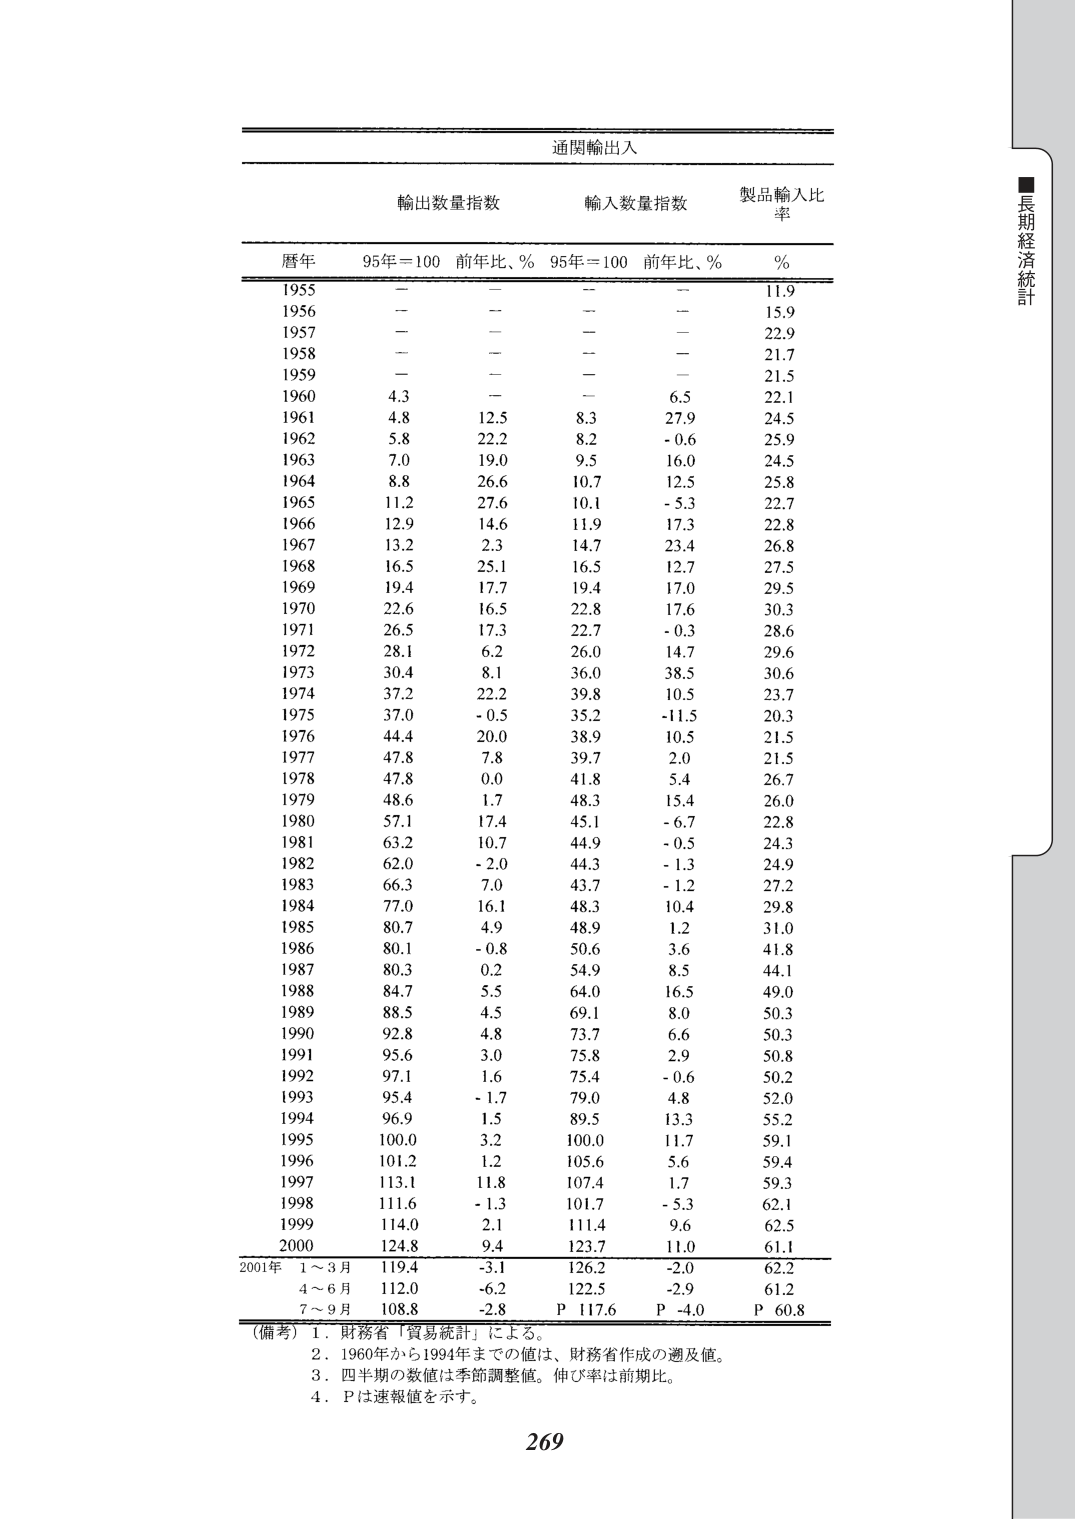
通関輸出入

輸出数量指数　　　輸入数量指数　　　製品輸入比率
暦年　　95年＝100　前年比、％　95年＝100　前年比、％　％

1955　　－　　　　－　　　　－　　　　－　　　　11.9
1956　　－　　　　－　　　　－　　　　－　　　　15.9
1957　　－　　　　－　　　　－　　　　－　　　　22.9
1958　　－　　　　－　　　　－　　　　－　　　　21.7
1959　　－　　　　－　　　　－　　　　－　　　　21.5
1960　　4.3　　　　－　　　　－　　　　6.5　　　　22.1
1961　　4.8　　　　12.5　　　8.3　　　　27.9　　　24.5
1962　　5.8　　　　22.2　　　8.2　　　　-0.6　　　25.9
1963　　7.0　　　　19.0　　　9.5　　　　16.0　　　24.5
1964　　8.8　　　　26.6　　　10.7　　　12.5　　　25.8
1965　　11.2　　　27.6　　　10.1　　　-5.3　　　22.7
1966　　12.9　　　14.6　　　11.9　　　17.3　　　22.8
1967　　13.2　　　2.3　　　　14.7　　　23.4　　　26.8
1968　　16.5　　　25.1　　　16.5　　　12.7　　　27.5
1969　　19.4　　　17.7　　　19.4　　　17.0　　　29.5
1970　　22.6　　　16.5　　　22.8　　　17.6　　　30.3
1971　　26.5　　　17.3　　　22.7　　　-0.3　　　28.6
1972　　28.1　　　6.2　　　　26.0　　　14.7　　　29.6
1973　　30.4　　　8.1　　　　36.0　　　38.5　　　30.6
1974　　37.2　　　22.2　　　39.8　　　10.5　　　23.7
1975　　37.0　　　-0.5　　　35.2　　　-11.5　　　20.3
1976　　44.4　　　20.0　　　38.9　　　10.5　　　21.5
1977　　47.8　　　7.8　　　　39.7　　　2.0　　　　21.5
1978　　47.8　　　0.0　　　　41.8　　　5.4　　　　26.7
1979　　48.6　　　1.7　　　　48.3　　　15.4　　　26.0
1980　　57.1　　　17.4　　　45.1　　　-6.7　　　22.8
1981　　63.2　　　10.7　　　44.9　　　-0.5　　　24.3
1982　　62.0　　　-2.0　　　44.3　　　-1.3　　　24.9
1983　　66.3　　　7.0　　　　43.7　　　-1.2　　　27.2
1984　　77.0　　　16.1　　　48.3　　　10.4　　　29.8
1985　　80.7　　　4.9　　　　48.9　　　1.2　　　　31.0
1986　　80.1　　　-0.8　　　50.6　　　3.6　　　　41.8
1987　　80.3　　　0.2　　　　54.9　　　8.5　　　　44.1
1988　　84.7　　　5.5　　　　64.0　　　16.5　　　49.0
1989　　88.5　　　4.5　　　　69.1　　　8.0　　　　50.3
1990　　92.8　　　4.8　　　　73.7　　　6.6　　　　50.3
1991　　95.6　　　3.0　　　　75.8　　　2.9　　　　50.8
1992　　97.1　　　1.6　　　　75.4　　　-0.6　　　50.2
1993　　95.4　　　-1.7　　　79.0　　　4.8　　　　52.0
1994　　96.9　　　1.5　　　　89.5　　　13.3　　　55.2
1995　　100.0　　　3.2　　　100.0　　　11.7　　　59.1
1996　　101.2　　　1.2　　　105.6　　　5.6　　　　59.4
1997　　113.1　　　11.8　　　107.4　　　1.7　　　　59.3
1998　　111.6　　　-1.3　　　101.7　　　-5.3　　　62.1
1999　　114.0　　　2.1　　　111.4　　　9.6　　　　62.5
2000　　124.8　　　9.4　　　123.7　　　11.0　　　61.1
2001年　1～3月　119.4　　　-3.1　　　126.2　　　-2.0　　　62.2
　　　　4～6月　112.0　　　-6.2　　　122.5　　　-2.9　　　61.2
　　　　7～9月　108.8　　　-2.8　　　P 117.6　　　P -4.0　　　P 60.8

（備考）1．財務省「貿易統計」による。
　　　　2．1960年から1994年までの値は、財務省作成の遡及値。
　　　　3．四半期の数値は季節調整値。伸び率は前期比。
　　　　4．Pは速報値を示す。

269

■長期経済統計